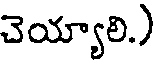
చెయ్యాలి.)